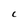
Character: C